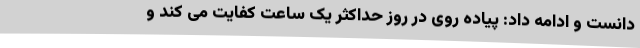
دانست و ادامه داد: پیاده روی در روز حداکثر یک ساعت کفایت می کند و